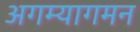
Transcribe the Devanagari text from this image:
अगम्यागमन